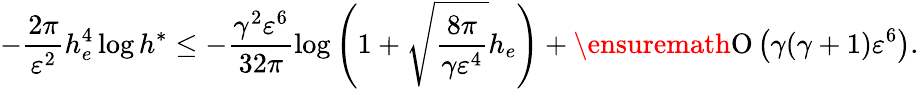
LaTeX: -\frac{2\pi}{\varepsilon^{2}}h_{e}^{4}\log{h^{\ast}}\leq-\frac{\gamma^{2}\varepsilon^{6}}{32\pi}\log{\left(1+\sqrt{\frac{8\pi}{\gamma\varepsilon^{4}}}h_{e}\right)}+\ensuremath{\operatorname{O}\left(\gamma(\gamma+1)\varepsilon^{6}\right)}.